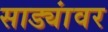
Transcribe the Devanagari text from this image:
साड्यांवर